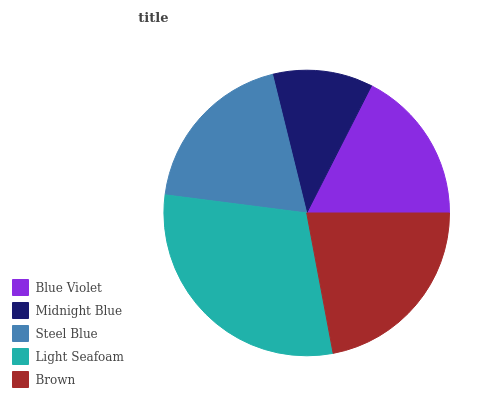
| Blue Violet | Midnight Blue | Steel Blue | Light Seafoam | Brown |
 | --- | --- | --- | --- | --- |
 | 17.5% | 11.3% | 19.1% | 29.9% | 22.1% |